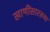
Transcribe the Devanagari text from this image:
खाणींसारख्या